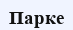
Парке